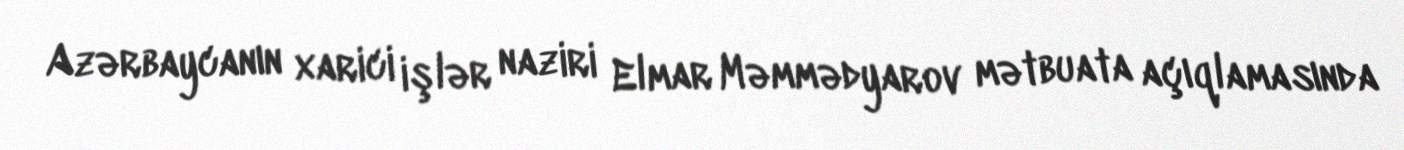
Azərbaycanın xarici işlər naziri Elmar Məmmədyarov mətbuata açıqlamasında